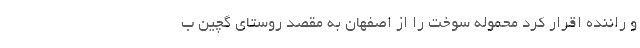
و راننده اقرار کرد محموله سوخت را از اصفهان به مقصد روستای گچین ب